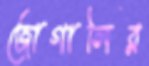
জোগালির